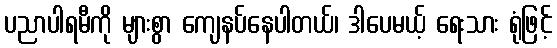
ပညာပါရမီကို များစွာ ကျေနပ်နေပါတယ်၊ ဒါပေမယ့် ရေးသား ရုံဖြင့်